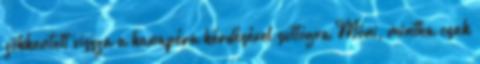
zökkentett vissza a kanapéra kérdésével suttogva Móni, mintha csak